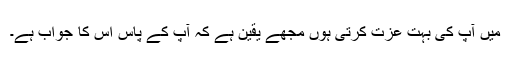
میں آپ کی بہت عزت کرتی ہوں مجھے یقین ہے کہ آپ کے پاس اس کا جواب ہے۔